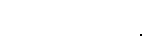
တိုက်ထုတ်ရန်